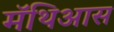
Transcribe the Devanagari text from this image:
मॅथिआस